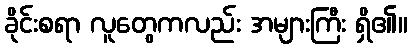
ခိုင်းစရာ လူတွေကလည်း အများကြီး ရှိ၏။